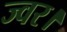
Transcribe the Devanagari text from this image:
ज्वर।